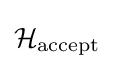
{\mathcal {H}}_{\text{accept}}